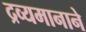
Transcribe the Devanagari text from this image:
द्रव्यमानाने